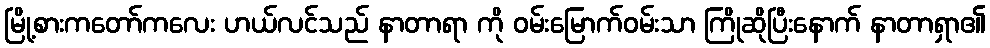
မြို့စားကတော်ကလေး ဟယ်လင်သည် နာတာရာ ကို ဝမ်းမြောက်ဝမ်းသာ ကြိုဆိုပြီးနောက် နာတာရှာ၏